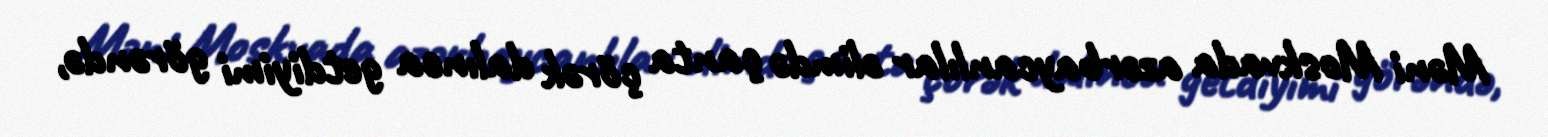
Məni Moskvada azərbaycanlılar əlimdə çanta çörək dalınca getdiyimi görəndə,